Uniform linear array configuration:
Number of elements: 4
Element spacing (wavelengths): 1
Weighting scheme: blackman
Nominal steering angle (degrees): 30
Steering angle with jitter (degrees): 30.206
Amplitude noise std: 0.05
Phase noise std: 0.05

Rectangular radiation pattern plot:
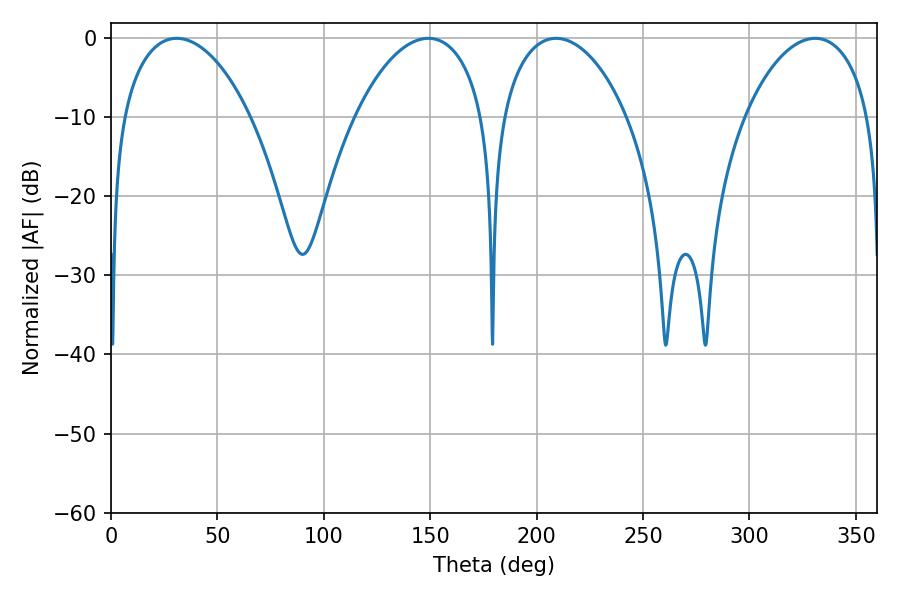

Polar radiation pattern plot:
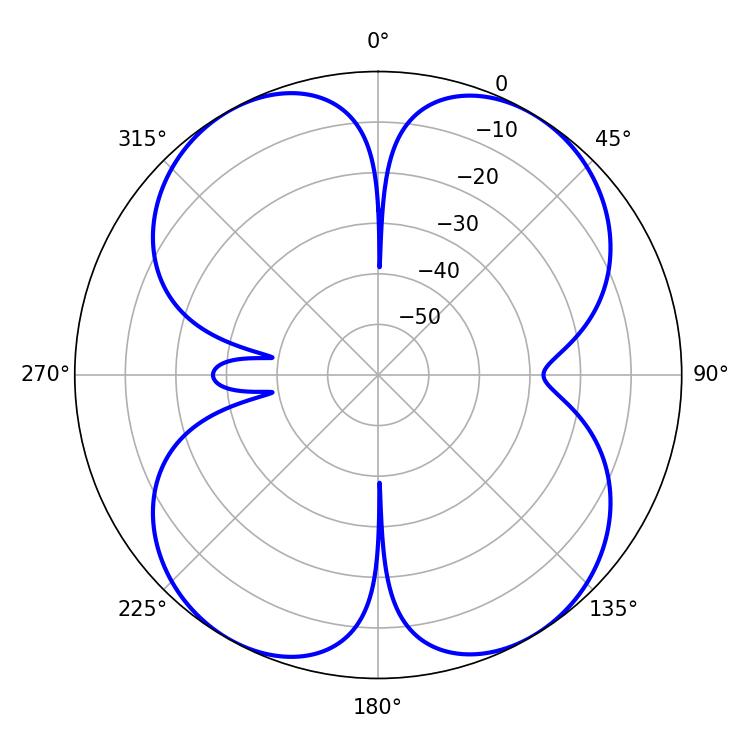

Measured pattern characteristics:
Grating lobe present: TRUE
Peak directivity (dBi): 15.586
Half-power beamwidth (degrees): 33.48
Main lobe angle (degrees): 330.84